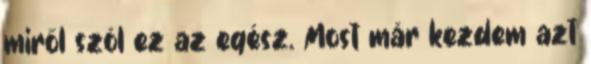
miről szól ez az egész. Most már kezdem azt